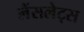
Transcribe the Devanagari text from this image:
लैंसलेट्स